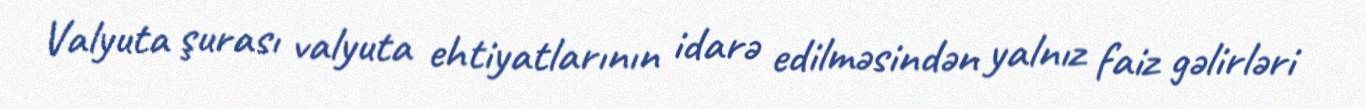
Valyuta şurası valyuta ehtiyatlarının idarə edilməsindən yalnız faiz gəlirləri